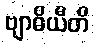
ဗျာဓိယီတိ